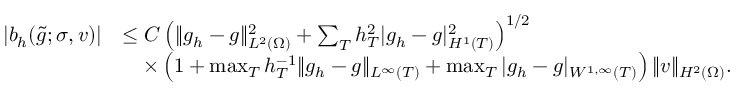
\begin{array} { r l } { | b _ { h } ( \widetilde { g } ; \sigma , v ) | } & { \le C \left( \| g _ { h } - g \| _ { L ^ { 2 } ( \Omega ) } ^ { 2 } + \sum _ { T } h _ { T } ^ { 2 } | g _ { h } - g | _ { H ^ { 1 } ( T ) } ^ { 2 } \right) ^ { 1 / 2 } } \\ & { \quad \times \left( 1 + \operatorname* { m a x } _ { T } h _ { T } ^ { - 1 } \| g _ { h } - g \| _ { L ^ { \infty } ( T ) } + \operatorname* { m a x } _ { T } | g _ { h } - g | _ { W ^ { 1 , \infty } ( T ) } \right) \| v \| _ { H ^ { 2 } ( \Omega ) } . } \end{array}